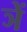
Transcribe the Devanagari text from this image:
ञें